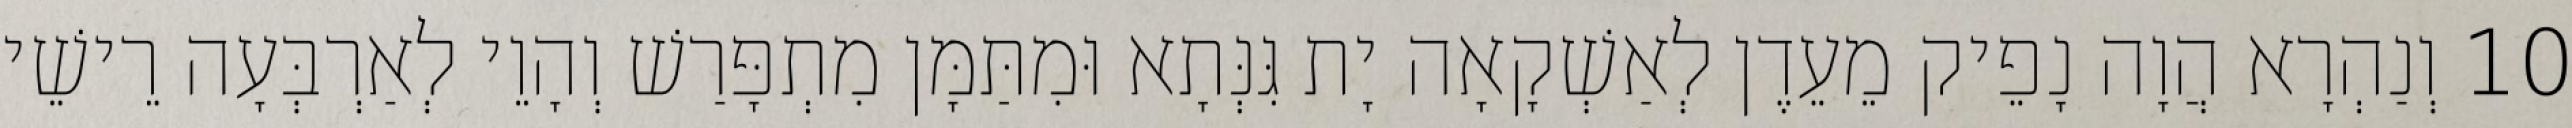
10 וְנַהְרָא הֲוָה נָפֵיק מֵעֵדֶן לְאַשְׁקָאָה יָת גִּנְּתָא וּמִתַּמָּן מִתְפָּרַשׁ וְהָוֵי לְאַרְבְּעָה רֵישֵׁי